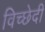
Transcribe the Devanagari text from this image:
विच्छेदी